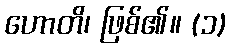
ဟောတိ၊ ဖြစ်၏။ (၁)